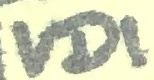
Text: VD1